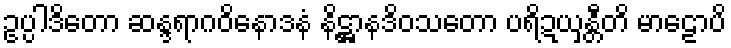
ဥပ္ပါဒိတော ဆန္ဒရာဂဝိနောဒနံ နိဋ္ဌာနဒိဝသတော ပရိဍယှန္တီတိ မာဠောပိ